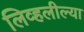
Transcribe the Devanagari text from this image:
लिव्हलील्या